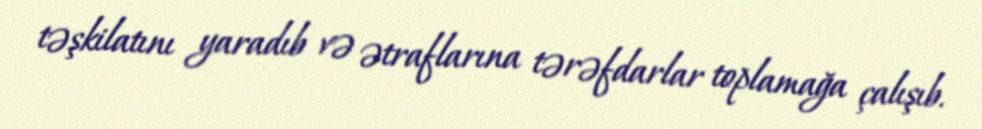
təşkilatını yaradıb və ətraflarına tərəfdarlar toplamağa çalışıb.